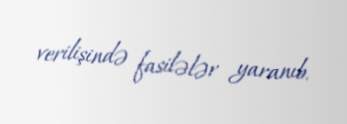
verilişində fasilələr yaranıb.